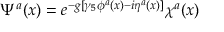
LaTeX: \Psi ^ { a } ( x ) = e ^ { - g [ \gamma _ { 5 } \phi ^ { a } ( x ) - i \eta ^ { a } ( x ) ] } \chi ^ { a } ( x )